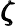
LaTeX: \pmb{\zeta}